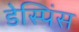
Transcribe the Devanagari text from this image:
डेस्पिंस